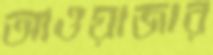
আওয়াজার